Leaving Certificate Examination, 1919
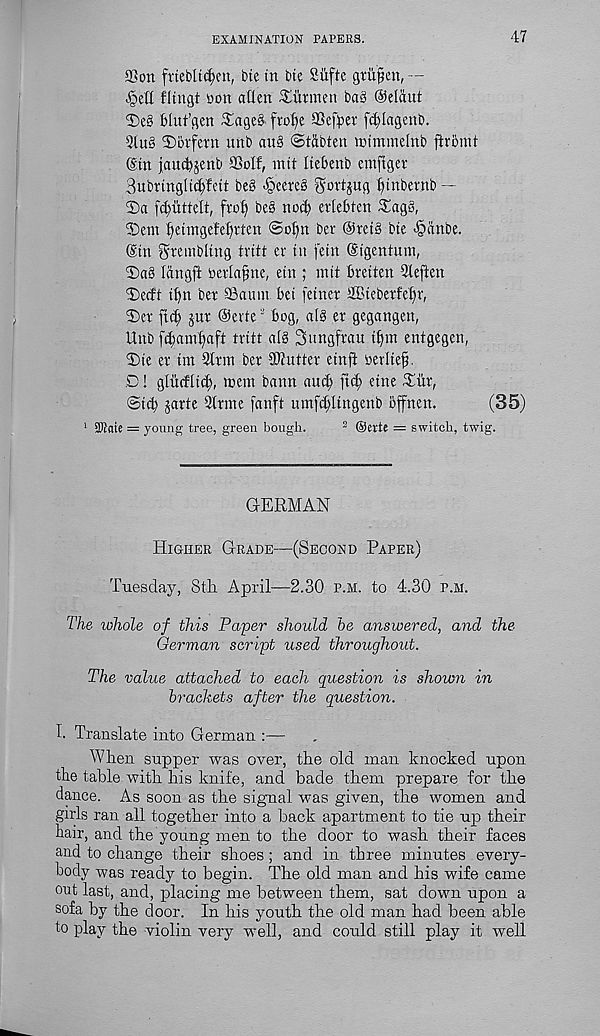
EXAMINATION PAPERS.
47
SBon frteblt^en, bte in bte Siifte gtiipen, —
fltngt toon alien £uwten ba§ Oelaut
bluf’gcn ^age§ frclie SSef^er fc^lagenb.
2lu§ 3)oefern unb au§ ©tabten nn'mmelnb ftrbmt
(Sin jau^jenb SSolf, mil liebenb emftger
3ubrtngU(f)fett be§ -§eereg ^ortjug Ijtnbernb —
3)a fcfiittelt, frot) bes noi^ erlebten ^ag§,
Sent fietmgefeftrten ©ofin ber @ret§ bie ■fjanbe.
(Sin trembling tritt er tn fein ©igenfum,
®a3 langft toerlafne, etn ; mil breiten Qleften
3)ecft t£)n ber SBaum bei feiner ffiteberfebr,
3)er fief) jur Oerte 3 bog, a(§ er gegangen,
Unb fd;am£)aft tritt a(§ Jungfrau if»m entgegen,
©ie er tm 2lrm ber stutter einfi berlie^.
D! gliieflid), mem bann and; fief) eine £ur,
©iif) jarte Qlrme fanft umfd;ttngenb bffnen.
(35)
1 SOtaie = young tree, green bough.
2 (Serte = switch, twig.
GERMAN
Higher Grade—(Second Paper)
Tuesday, 8tli April—2.30 p.m. to 4.30 p.m.
The whole of this Paper should he answered, and the
German script used throughout.
The value attached to each question is shown in
brackets after the question.
I. Translate into German :—
When supper was over, the old man knocked upon
the table with his knife, and bade them prepare for the
dance. As soon as the signal was given, the women and
girls ran all together into a back apartment to tie up their
hair, and the young men to the door to wash their faces
and to change their shoes; and in three minutes every-
body was ready to begin. The old man and his wife came
out last, and, placing me between them, sat down upon a
sofa by the door. In his youth the old man had been able
to play the violin very well, and could still play it well